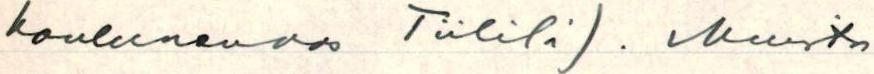
kouluneuvos Tiililä). Muista